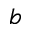
b